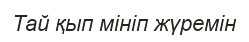
Тай қып мініп жүремін